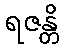
ရဇန္တိ